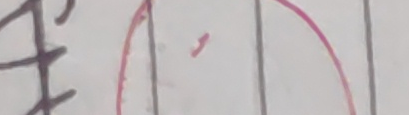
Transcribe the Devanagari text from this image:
अ